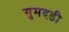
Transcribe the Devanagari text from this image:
गुमदडी